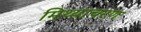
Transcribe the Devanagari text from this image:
मिथ्याचरण